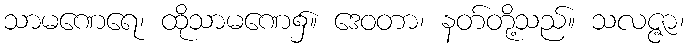
သာမဏေရေ၊ ထိုသာမဏေ၌။ ဒေဝတာ၊ နတ်တို့သည်။ သလဇ္ဇာ၊